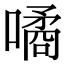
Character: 噊